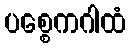
ပစ္စေကဂါထံ